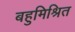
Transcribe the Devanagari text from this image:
बहुमिश्रित